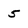
Character: 5